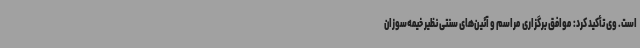
است. وی تأکید کرد: موافق برگزاری مراسم و آئین‌های سنتی نظیر خیمه‌سوزان